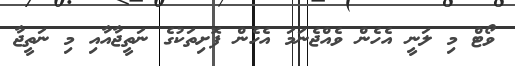
ވޯޓް މި ލަނީ އެހެން ވެއްޖެނަމަ އެހެން ފޮށިތަކުގެ ނަތީޖާއާއި މި ނަތީޖާ